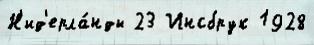
Н'ид'ерла́нды 23 Инсбрук 1928